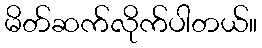
မိတ်ဆက်လိုက်ပါတယ်။